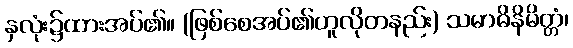
နှလုံး၌ထားအပ်၏။ (ဖြစ်စေအပ်၏ဟူလိုတနည်း) သမာဓိနိမိတ္တံ၊